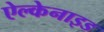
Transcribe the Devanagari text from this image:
ऐल्केनाइड